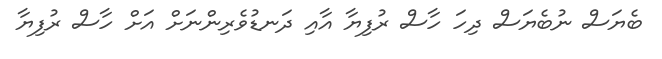
ބެޔަސް ނުބެޔަސް ދިހަ ހާސް ރުފިޔާ އާއި ދަނޑުވެރިންނަށް އަށް ހާސް ރުފިޔާ